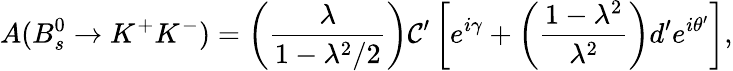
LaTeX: A(B_{s}^{0}\to K^{+}K^{-})=\left(\frac{\lambda}{1-\lambda^{2}/2}\right){\cal C}^{\prime}\left[e^{i\gamma}+\left(\frac{1-\lambda^{2}}{\lambda^{2}}\right)d^{\prime}e^{i\theta^{\prime}}\right],